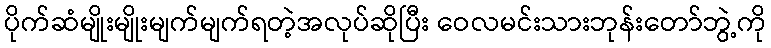
ပိုက်ဆံမျိုးမျိုးမျက်မျက်ရတဲ့အလုပ်ဆိုပြီး ဝေလမင်းသားဘုန်းတော်ဘွဲ့ကို